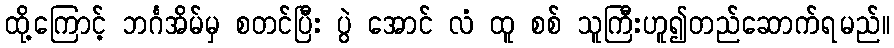
ထို့ကြောင့် ဘင်္ဂအိမ်မှ စတင်ပြီး ပွဲ အောင် လံ ထူ စစ် သူကြီးဟူ၍တည်ဆောက်ရမည်။